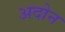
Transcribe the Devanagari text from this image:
अदोन